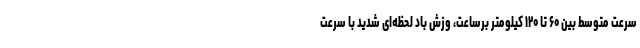
سرعت متوسط بین ۶۰ تا ۱۲۰ کیلومتر برساعت، وزش باد لحظه‌ای شدید با سرعت